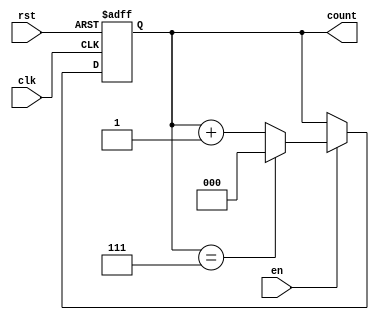
module modulus_counter #(
    parameter N = 8 // Modulus value (must be a power of 2 for simplicity)
)(
    input wire clk,     // Clock signal
    input wire rst,     // Active-high asynchronous reset
    input wire en,      // Enable signal
    output reg [$clog2(N)-1:0] count // Count output
);

    // Always block triggered on the rising edge of the clock or when reset is asserted
    always @(posedge clk or posedge rst) begin
        if (rst) begin
            count <= 0; // Reset count to zero
        end else if (en) begin
            if (count == N-1) begin
                count <= 0; // Reset count to zero after reaching modulus
            end else begin
                count <= count + 1; // Increment count
            end
        end
    end

endmodule